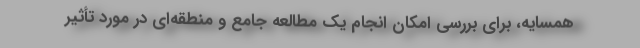
همسایه، برای بررسی امکان انجام یک مطالعه جامع و منطقه‌ای در مورد تأثیر